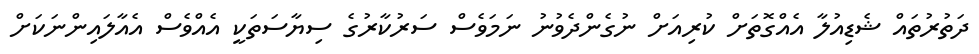
ދަތުރުތައް ޝެޑިއުލާ އެއްގޮތަށް ކުރިއަށް ނުގެންދެވުނު ނަމަވެސް ސަރުކާރުގެ ސިޔާސަތަކީ އެއްވެސް އެއާލައިންނަކަށް